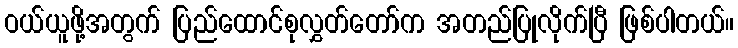
ဝယ်ယူဖို့အတွက် ပြည်ထောင်စုလွှတ်တော်က အတည်ပြုလိုက်ပြီ ဖြစ်ပါတယ်။